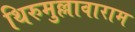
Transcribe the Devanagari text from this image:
थिरुमुल्लावाराम